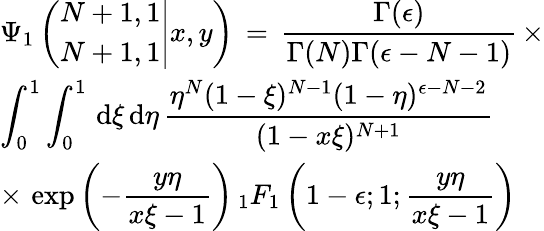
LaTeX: \begin{array}{l}{\displaystyle\Psi_{1}\left(\left.\begin{array}{l}{N+1,1}\\ {N+1,1}\end{array}\right|x,y\right)\, =\, \frac{\Gamma(\epsilon)}{\Gamma(N)\Gamma(\epsilon-N-1)}\, \times}\\ {\displaystyle\int_{0}^{1}\int_{0}^{1}\, \mathrm{d}\xi\, \mathrm{d}\eta\, \frac{\eta^{N}(1-\xi)^{N-1}(1-\eta)^{\epsilon-N-2}}{(1-x\xi)^{N+1}}\, }\\ {\displaystyle\times\, \exp\left(-\frac{y\eta}{x\xi-1}\right)\, _{1}F_{1}\left(1-\epsilon;1;\frac{y\eta}{x\xi-1}\right)}\end{array}